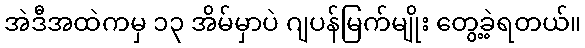
အဲဒီအထဲကမှ ၁၃ အိမ်မှာပဲ ဂျပန်မြက်မျိုး တွေ့ခဲ့ရတယ်။